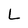
Character: L